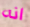
انه